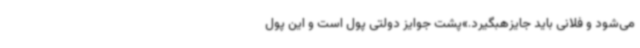
می‌شود و فلانی باید جایزهبگیرد.»پشت جوایز دولتی پول است و این پول